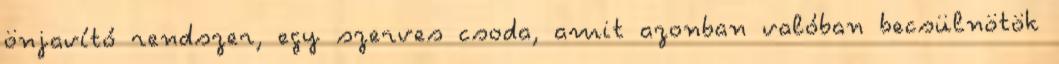
önjavító rendszer, egy szerves csoda, amit azonban valóban becsülnötök